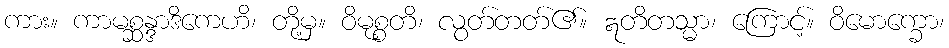
ကား။ ကာမစ္ဆန္ဒာဒိကေဟိ၊ တို့မှ။ ဝိမုစ္စတိ၊ လွတ်တတ်၏။ ဣတိတသ္မာ၊ ကြောင့်။ ဝိမောက္ခော၊